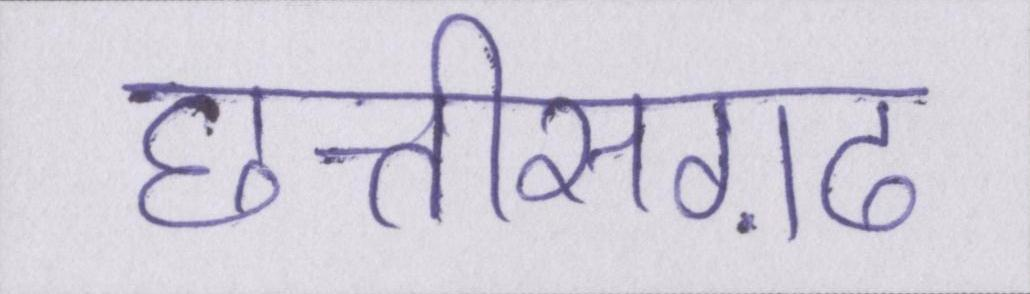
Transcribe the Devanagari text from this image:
छत्तीसग़ढ